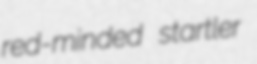
red-minded startler